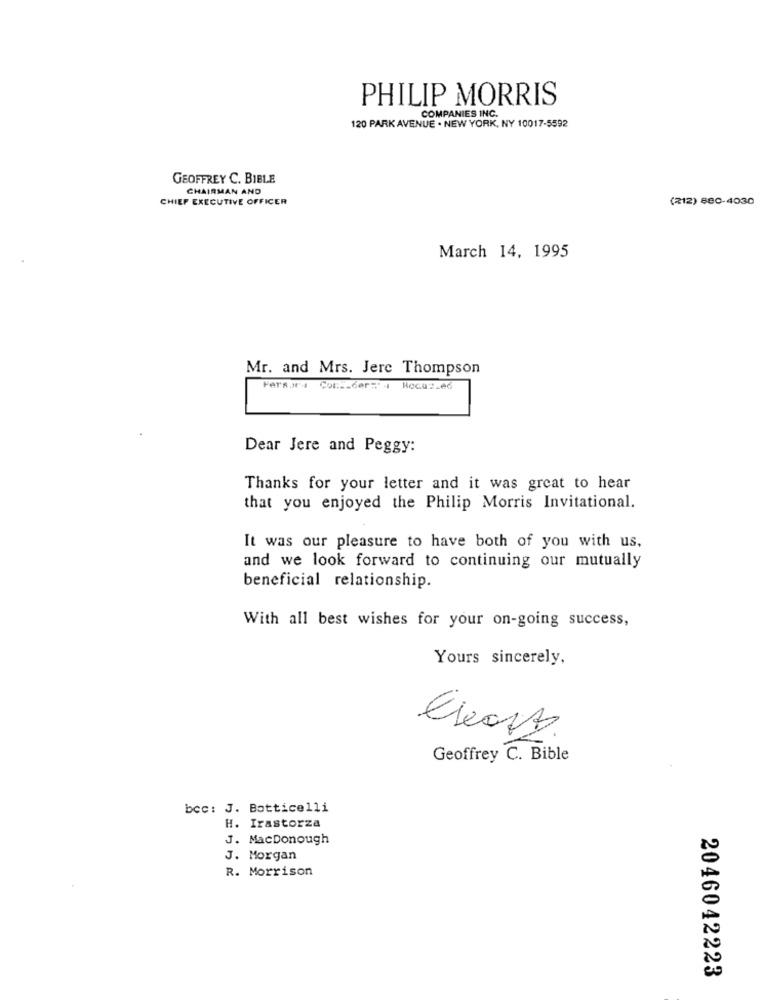
PHILIP MORRIS
COMPANIES INC.
120 PARK AVENUE . NEW YORK, NY 10017-5592
GEOFFREY C. BIBLE
CHAIRMAN AND
CHIEF EXECUTIVE OFFICER
(212) 880-4030
March 14, 1995
Mr. and Mrs. Jere Thompson
Persors Con __ Ger='
Rocas.ed
Dear Jere and Peggy:
Thanks for your letter and it was great to hear
that you enjoyed the Philip Morris Invitational.
It was our pleasure to have both of you with us,
and we look forward to continuing our mutually
beneficial relationship.
With all best wishes for your on-going success,
Yours sincerely,
Geoffrey C. Bible
bcc: J. Botticelli
H. Irastorza
J. MacDonough
J. Morgan
R. Morrison
2046042223